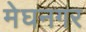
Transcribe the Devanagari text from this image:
मेघनगर